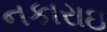
નકારાઇ